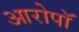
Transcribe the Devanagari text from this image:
आरोपॉ